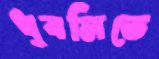
ধুবলিতে